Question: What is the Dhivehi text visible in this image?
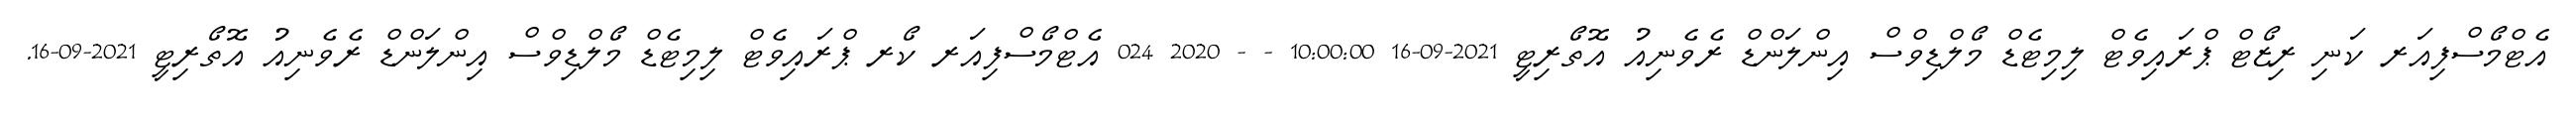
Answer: އެޓްމޯސްފިއަރ ކަނި ރިޒޯޓް ޕްރައިވެޓް ލިމިޓެޑް މޯލްޑިވްސް އިންލަންޑް ރެވެނިއު އޮތޯރިޓީ 2021-09-16 10:00:00 - - 2020 024 އެޓްމޯސްފިއަރ ކޯރ ޕްރައިވެޓް ލިމިޓެޑް މޯލްޑިވްސް އިންލަންޑް ރެވެނިއު އޮތޯރިޓީ 2021-09-16.